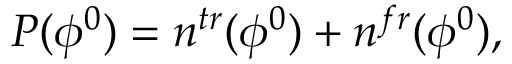
P ( \phi ^ { 0 } ) = n ^ { t r } ( \phi ^ { 0 } ) + n ^ { f r } ( \phi ^ { 0 } ) ,